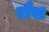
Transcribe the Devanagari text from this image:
रौख